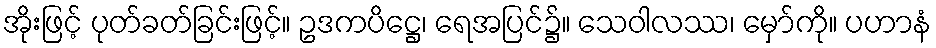
အိုးဖြင့် ပုတ်ခတ်ခြင်းဖြင့်။ ဥဒကပိဋ္ဌေ၊ ရေအပြင်၌။ သေဝါလဿ၊ မှော်ကို။ ပဟာနံ